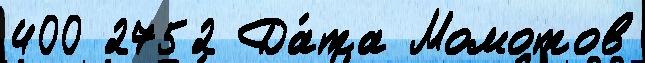
400 2752 Да́та Момотов